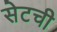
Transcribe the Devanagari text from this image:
सेटची